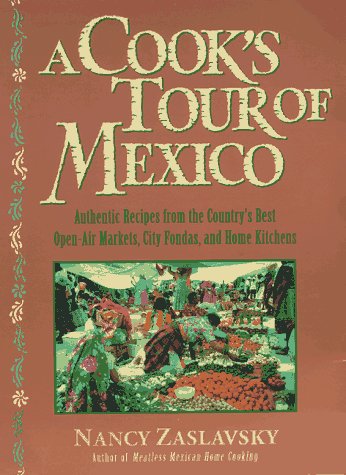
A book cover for A Cook's Tour of Mexico: Authentic Recipes from the Country's Best Open-Air Markets, City Fondas, and Home Kitchens; Nancy Zaslavsky; Travel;